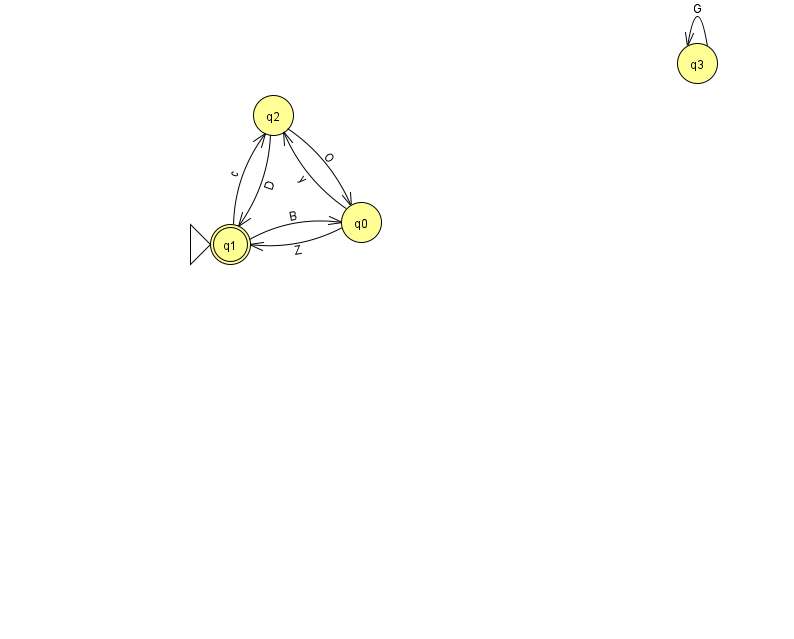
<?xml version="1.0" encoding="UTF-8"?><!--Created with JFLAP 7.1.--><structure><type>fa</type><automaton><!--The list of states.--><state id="0" name="q0"><x>361.0</x><y>209.0</y></state><state id="1" name="q1"><x>230.0</x><y>231.0</y><initial/><final/></state><state id="2" name="q2"><x>273.0</x><y>102.0</y></state><state id="3" name="q3"><x>697.0</x><y>50.0</y></state><!--The list of transitions.--><transition><from>1</from><to>0</to><read>B</read></transition><transition><from>2</from><to>0</to><read>O</read></transition><transition><from>0</from><to>2</to><read>y</read></transition><transition><from>3</from><to>3</to><read>G</read></transition><transition><from>0</from><to>1</to><read>Z</read></transition><transition><from>2</from><to>1</to><read>D</read></transition><transition><from>1</from><to>2</to><read>c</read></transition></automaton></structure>